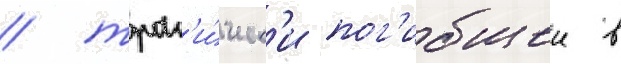
/ траг'и́ческ'и пог'ибшеи в